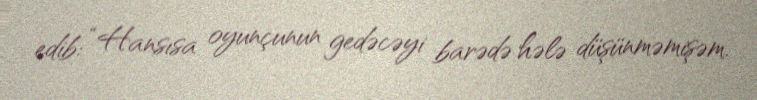
edib: “Hansısa oyunçunun gedəcəyi barədə hələ düşünməmişəm.